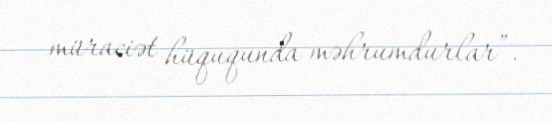
müraciət hüququnda məhrumdurlar”.